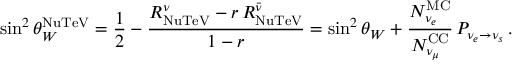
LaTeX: \sin ^ { 2 } \theta _ { W } ^ { \mathrm { N u T e V } } = \frac { 1 } { 2 } - \frac { R _ { \mathrm { N u T e V } } ^ { \nu } - r \, R _ { \mathrm { N u T e V } } ^ { \bar { \nu } } } { 1 - r } = \sin ^ { 2 } \theta _ { W } + \frac { N _ { \nu _ { e } } ^ { \mathrm { M C } } } { N _ { \nu _ { \mu } } ^ { \mathrm { C C } } } \, P _ { \nu _ { e } \to \nu _ { s } } \, .